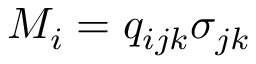
M _ { i } = q _ { i j k } \sigma _ { j k }